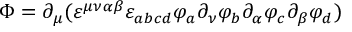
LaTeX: \Phi = \partial _ { \mu } ( \varepsilon ^ { \mu \nu \alpha \beta } \varepsilon _ { a b c d } \varphi _ { a } \partial _ { \nu } \varphi _ { b } \partial _ { \alpha } \varphi _ { c } \partial _ { \beta } \varphi _ { d } )